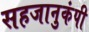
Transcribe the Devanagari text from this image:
सहजानुकंपी